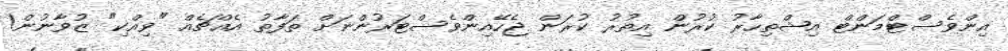
އިންވެސްޓްމަންޓް އިޝްތިހާރު ކުރުން އިތުރު ކުރަން ޖެހޭއިންވެސްޓަރުންނަށް ތަފާތު އެއްޗެއް "ވިއްކި" ޒުވާނުން!